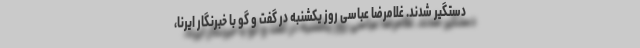
دستگیر شدند. غلامرضا عباسی روز یکشنبه در گفت و گو با خبرنگار ایرنا،